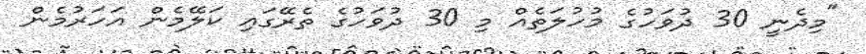
"މިދެނީ 30 ދުވަހުގެ މުހުލަތެއް މި 30 ދުވަހުގެ ތެރޭގައި ކަލޭމެން އަހަރުމެން